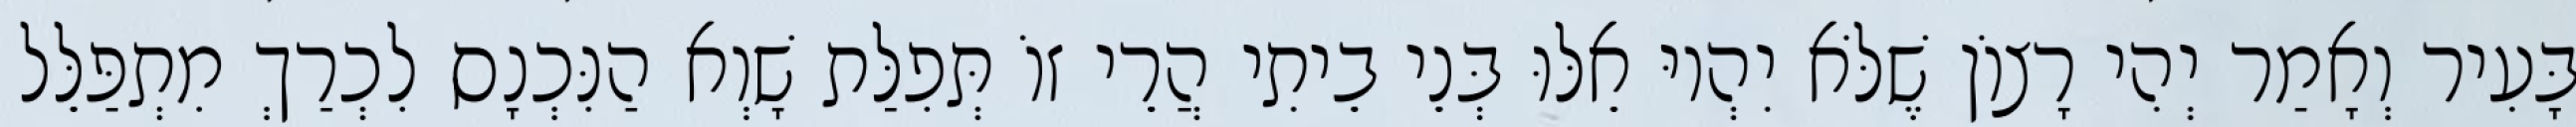
בָּעִיר וְאָמַר יְהִי רָצוֹן שֶׁלֹּא יִהְיוּ אֵלּוּ בְּנֵי בֵיתִי הֲרֵי זוֹ תְּפִלַּת שָׁוְא הַנִּכְנָס לִכְרַךְ מִתְפַּלֵּל